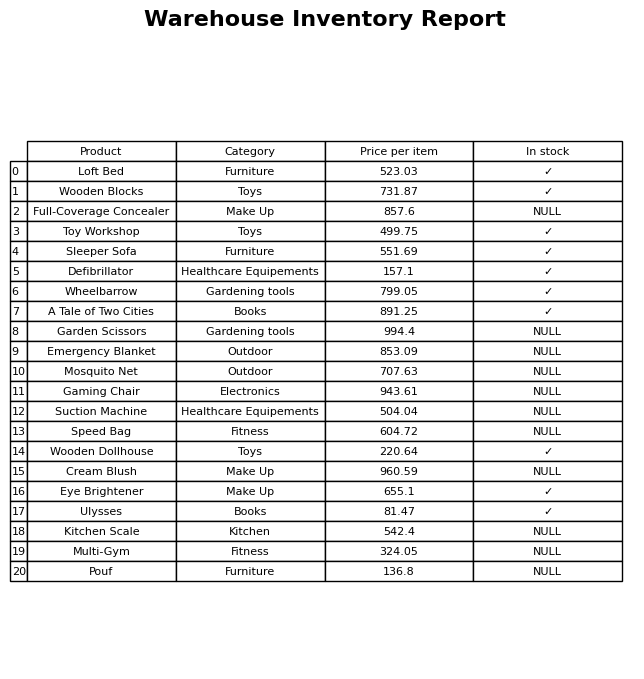
question: What is the price of the Suction Machine?
answer: The price of Suction Machine is 504.04.